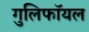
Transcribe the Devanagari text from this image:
गुलिफॉयल